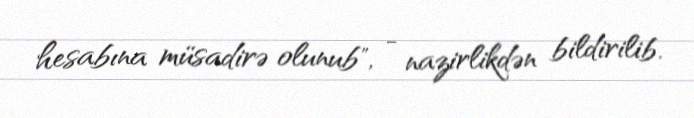
hesabına müsadirə olunub", - nazirlikdən bildirilib.